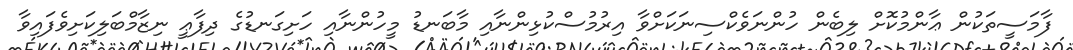
ފާމަސީތަކުން ޢާންމުކޮށް ލިބެން ހުންނަވެކްސިނަކަށްވާ އިރުމުސްކުޅިންނާއި މާބަނޑު މީހުންނާއި ހަށިގަނޑުގެ ދިފާޢީ ނިޒާމްބަލިކަށިވެފައިވާ